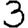
Digit: 3